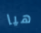
هيا